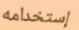
إستخدامه